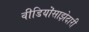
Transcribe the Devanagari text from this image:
वीडियॊसाझेदारी